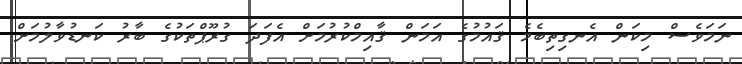
ނަމަވެސް މިކަން އެނގިތިބެމެ ޤައުމުގެ އަމަން ޤާއިމްކުރުމަށް އެފަދަ ގުރޫޕްތަކުގެ ބާރު ކަނޑުވާލުމަށް